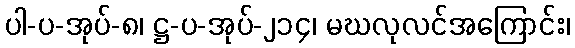
ပါ-ပ-အုပ်-၈၊ ဋ္ဌ-ပ-အုပ်-၂၁၄၊ မဃလုလင်အကြောင်း၊